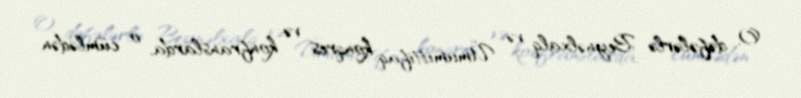
O, dəfələrlə Beynəlxalq və Ümumittifaq konqres və konfranslarda, o cümlədən